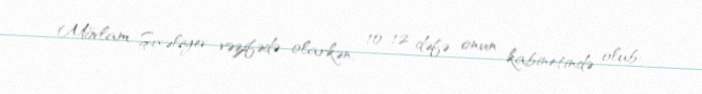
Mövlam Şıxəliyev vəzifədə olarkən, 10-12 dəfə onun kabinetində olub: